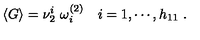
\langle G \rangle = \nu _ { 2 } ^ { i } \ \omega _ { i } ^ { ( 2 ) } \quad i = 1 , \cdots , h _ { 1 1 } \ .